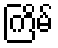
ကြိမ်